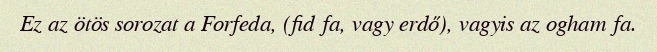
Ez az ötös sorozat a Forfeda, (fid fa, vagy erdő), vagyis az ogham fa.